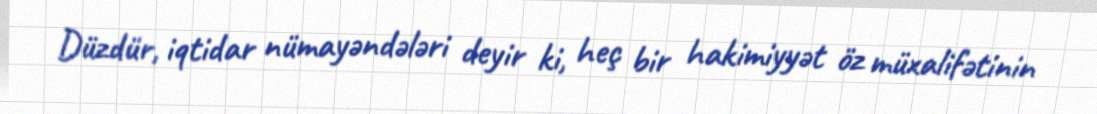
Düzdür, iqtidar nümayəndələri deyir ki, heç bir hakimiyyət öz müxalifətinin